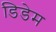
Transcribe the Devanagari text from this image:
डिडेम